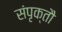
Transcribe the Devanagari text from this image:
संपृक्तौ